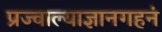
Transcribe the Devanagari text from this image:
प्रज्वाल्याज्ञानगहनं